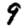
Digit: 9